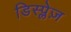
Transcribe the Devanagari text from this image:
डिस्प्लेज़